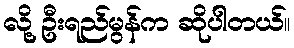
လို့ ဦးရည်မွန်က ဆိုပါတယ်။